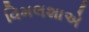
વિમલશાએ